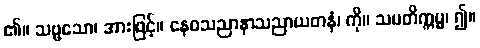
၏။ သဗ္ဗသော၊ အားဖြင့်။ နေဝသညာနာသညာယတနံ၊ ကို။ သမတိက္ကမ္မ၊ ၍။